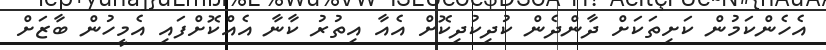
އެހެންކަމުން ކަށިތަކަށް ދާންދެން ކުދިކުދިކޮށް އެއާ އިތުރު ކާނާ އެއްކޮށްފައި އެމީހުން ބާޒަށް